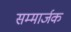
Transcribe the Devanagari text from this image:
सम्मार्जक